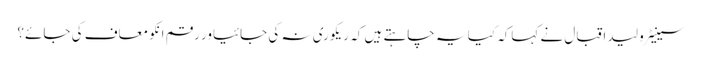
سینیٹر ولید اقبال نے کہاکہ کیا یہ چاہتے ہیں کہ ریکوری نہ کی جائیاور رقم انکو معاف کی جائے؟